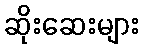
ဆိုးဆေးများ